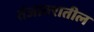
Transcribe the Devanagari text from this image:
तंजावरातील